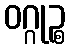
ဝဂ္ဂုဉ္စ